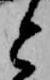
と